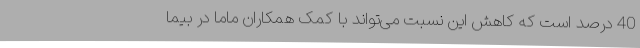
40 درصد است که کاهش این نسبت می‌تواند با کمک همکاران ماما در بیما